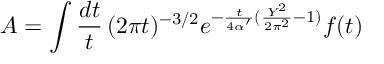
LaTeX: A = \int \frac { d t } { t } \, ( 2 \pi t ) ^ { - 3 / 2 } e ^ { - { \frac { t } { 4 \alpha ^ { \prime } } } ( { \frac { Y ^ { 2 } } { 2 \pi ^ { 2 } } } - 1 ) } f ( t )